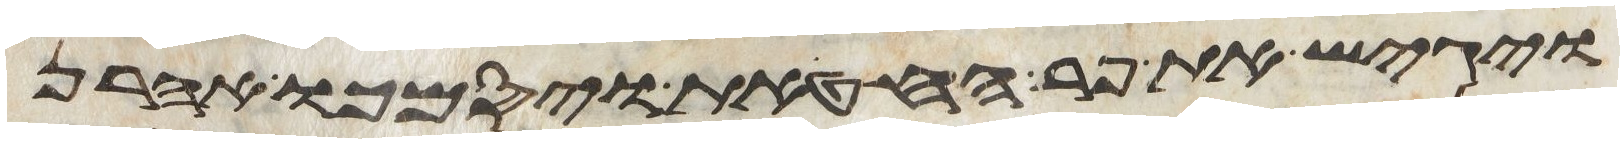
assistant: ויגש את פר החטאת ויסמך אהרן